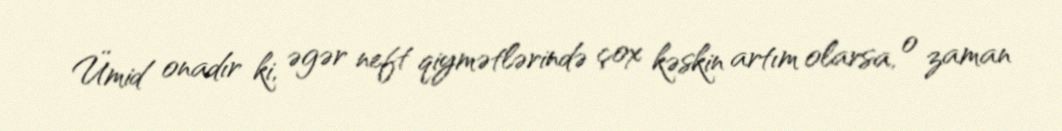
Ümid onadır ki, əgər neft qiymətlərində çox kəskin artım olarsa, o zaman